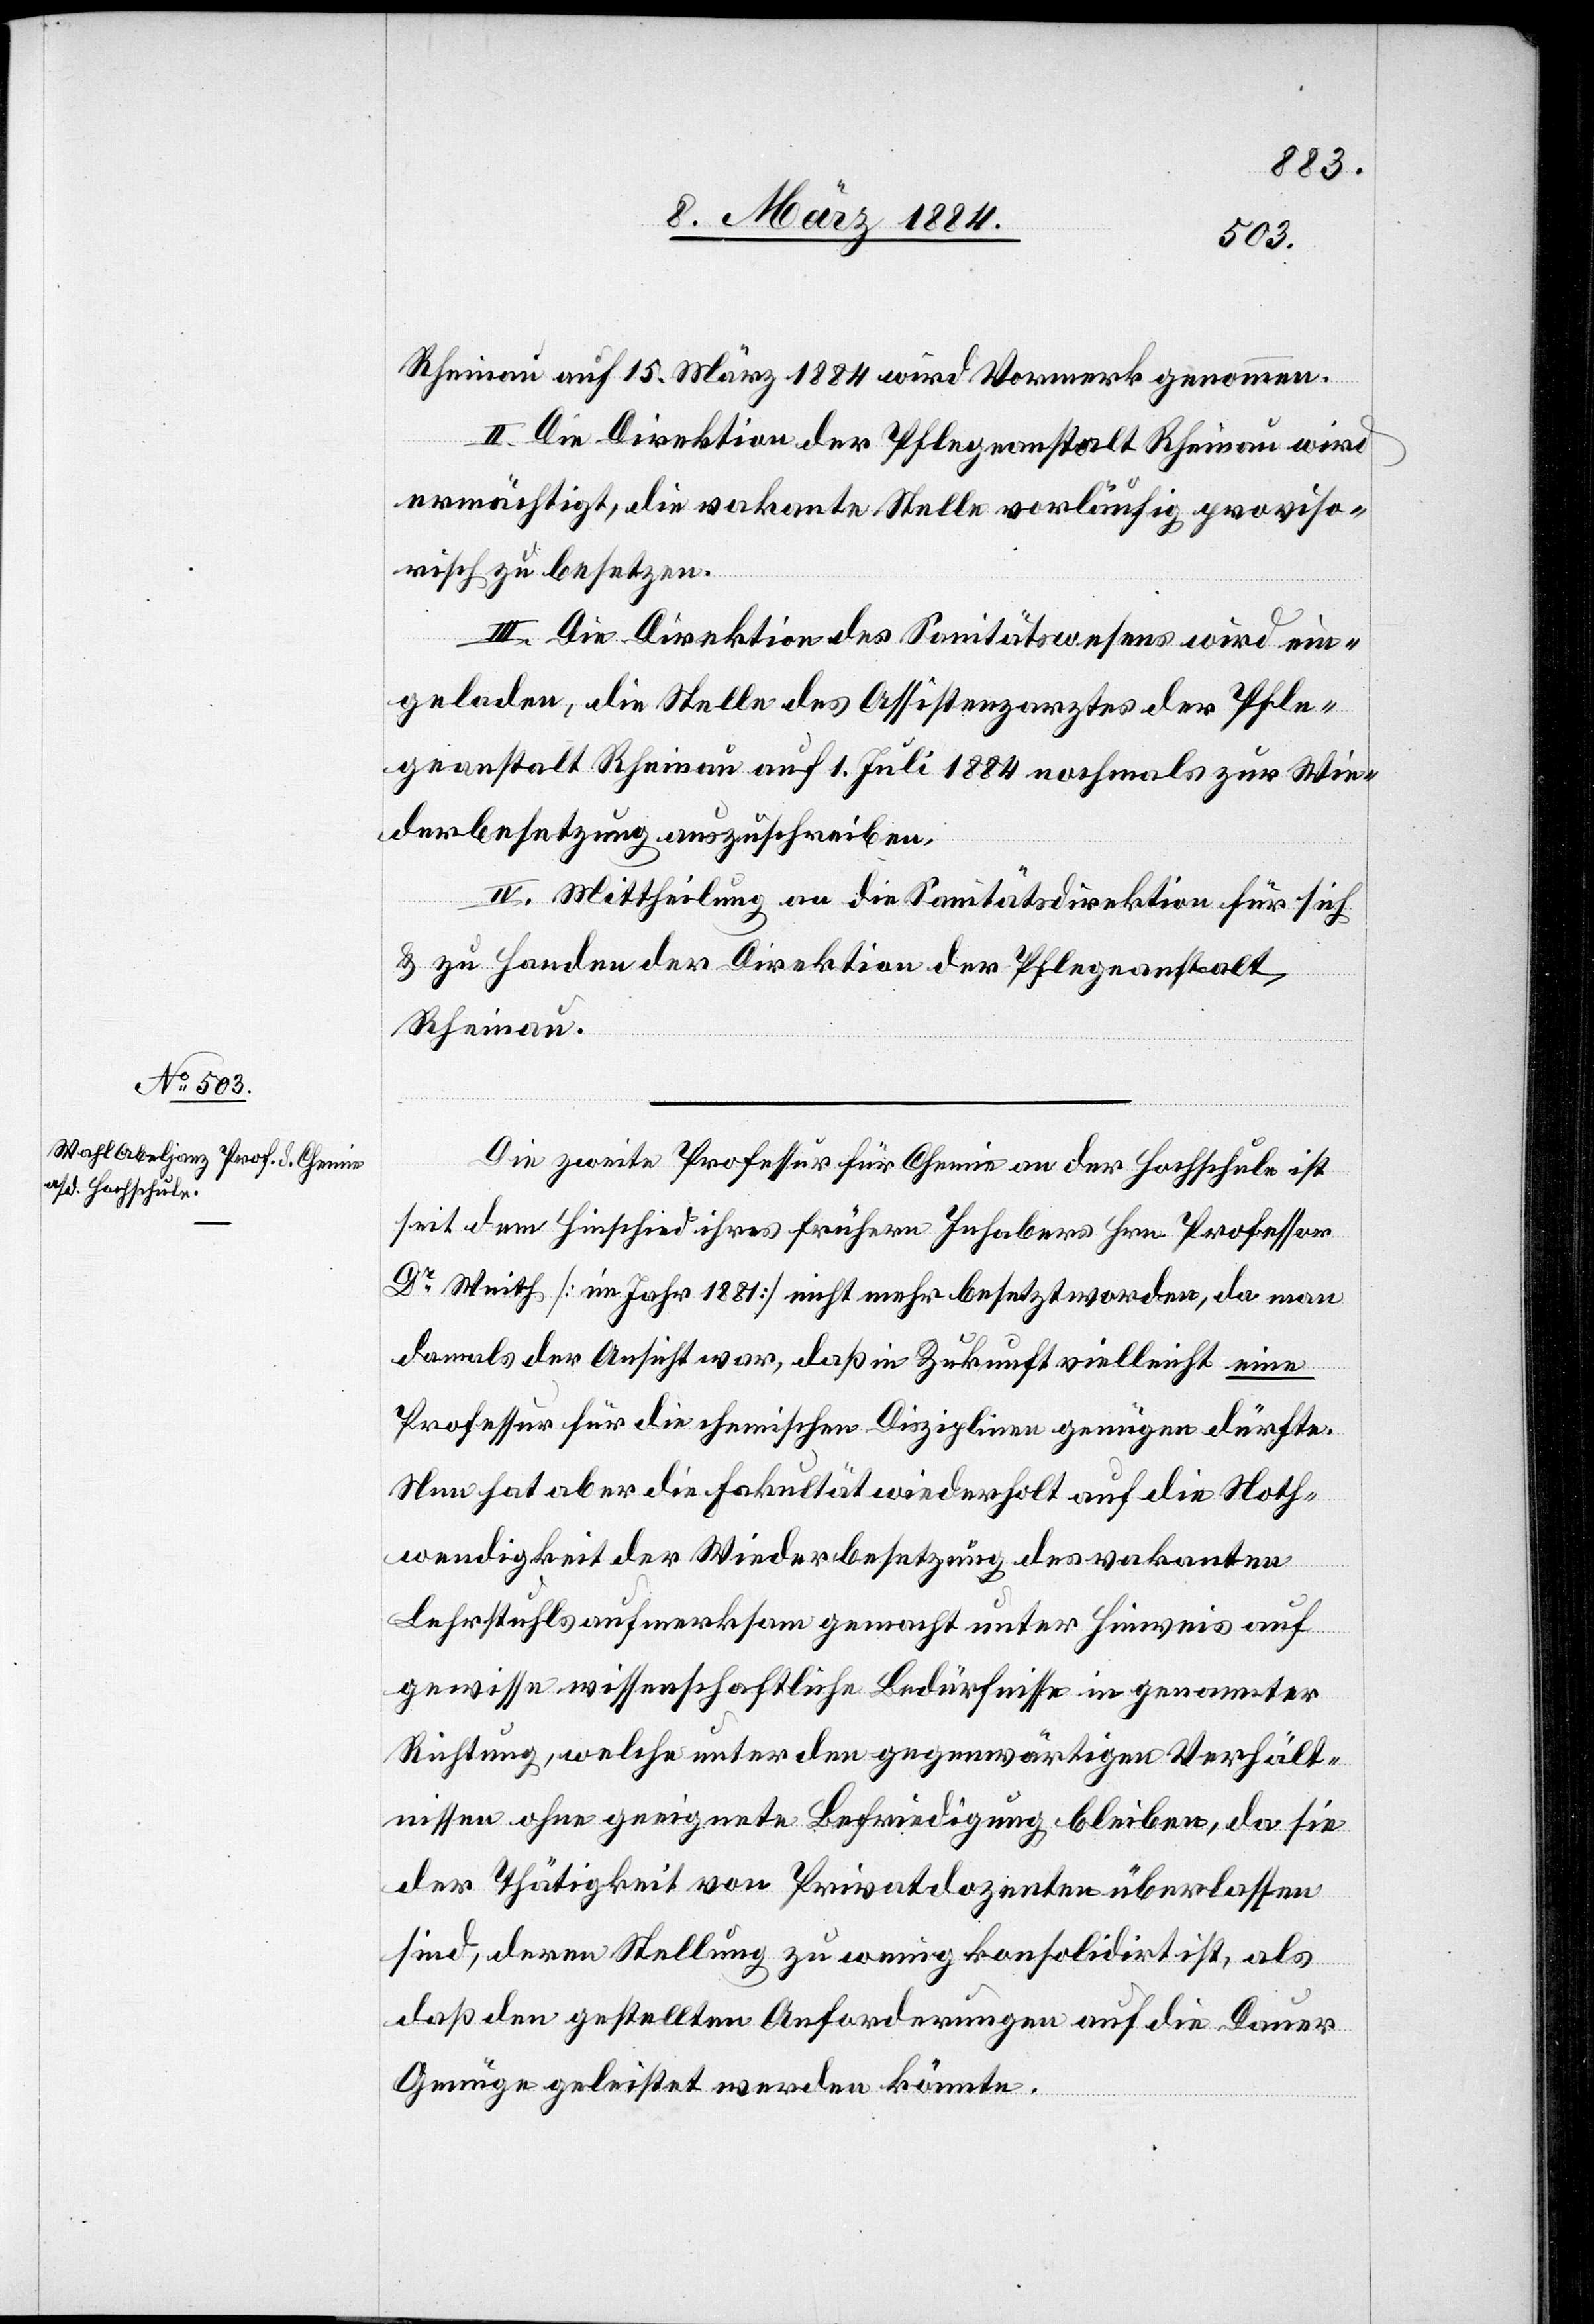
Rheinau auf 15. März 1884 wird Vormerk genommen.
II. Die Direktion der Pflegeanstalt Rheinau wird
ermächtigt, die vakante Stelle vorläufig proviso¬
risch zu besetzen.
III. Die Direktion des Sanitätswesens wird ein¬
geladen, die Stelle des Assistentsarztes der Pfle¬
geanstalt Rheinau auf 1. Juli 1884 nochmals zur Wie¬
derbesetzung auszuschreiben.
IV. Mittheilung an die Sanitätsdirektion für sich
& zu Handen der Direktion der Pflegeanstalt
Rheinau.
Die zweite Professur für Chemie an der Hochschule ist
seit dem Hinschied ihres frühern Inhabers Hrn. Professor
Dr Weith [im Jahr 1881] nicht mehr besetzt worden, da man
damals der Ansicht war, daß in Zukunft vielleicht eine
Professur für die chemische Disziplin genügen dürfte.
Nun hat aber die Fakultät wiederholt auf die Noth¬
wendigkeit der Wiederbesetzung des vakanten
Lehrstuhls aufmerksam gemacht unter Hinweis auf
gewisse wissenschaftliche Bedürfnisse in genannter
Richtung, welche unter den gegenwärtigen Verhält¬
nissen ohne geeignete Befriedigung bleiben, da sie
der Thätigkeit von Privatdozenten überlassen
sind, deren Stellung zu wenig konsolidirt ist, als
daß den gestellten Anforderungen auf die Dualer
Genüge geleistet werden könnte.